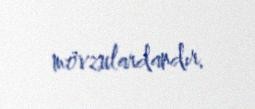
mövzulardandır.